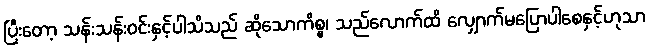
ပြီးတော့ သန်းသန်းဝင်းနှင့်ပါသိသည် ဆိုသောကိစ္စ၊ သည်လောက်ထိ လျှောက်မပြောပါစေနှင့်ဟုသာ